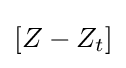
\left[Z-Z_{t}\right]